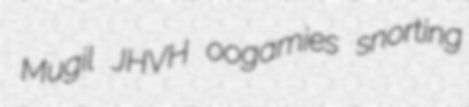
Mugil JHVH oogamies snorting